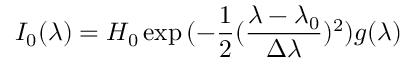
I _ { 0 } ( \lambda ) = H _ { 0 } \exp { ( - \frac { 1 } { 2 } ( \frac { \lambda - \lambda _ { 0 } } { \Delta \lambda } ) ^ { 2 } ) } g ( \lambda )